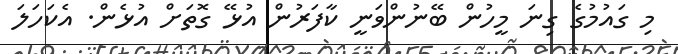
މި ގައުމުގެ ގިނަ މީހުން ބޭނުންވަނީ ކާފަރުން އުޅޭ ގޮތަށް އުޅެން. އެކަހަލަ